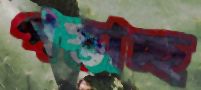
পস্তাচ্ছ